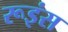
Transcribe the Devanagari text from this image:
रूइंस